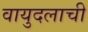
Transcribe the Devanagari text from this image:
वायुदलाची